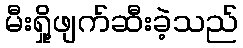
မီးရှို့ဖျက်ဆီးခဲ့သည်